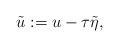
LaTeX: \begin{align*}\tilde u:= u-\tau \tilde \eta,\end{align*}